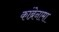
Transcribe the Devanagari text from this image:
कांब्रेनामा